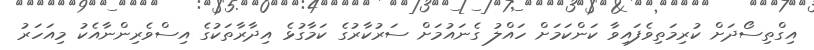
އިގްތިސޯދަށް ކުރިމަތިވެފައިވާ ކަންކަމަށް ހައްލު ގެނައުމަށް ސަރުކާރުގެ ކަމާގުޅެ އިދާރާތަކުގެ އިސްވެރިންނާއެކު މިއަހަރު